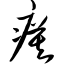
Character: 瘼